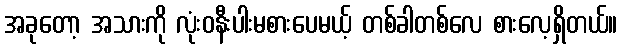
အခုတော့ အသားကို လုံးဝနီးပါးမစားပေမယ့် တစ်ခါတစ်လေ စားလေ့ရှိတယ်။